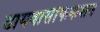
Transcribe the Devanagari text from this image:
डायवर्सिफिकेशन